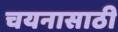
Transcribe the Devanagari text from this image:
चयनासाठी